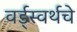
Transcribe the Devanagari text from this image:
वर्ड्‌स्वर्थचे